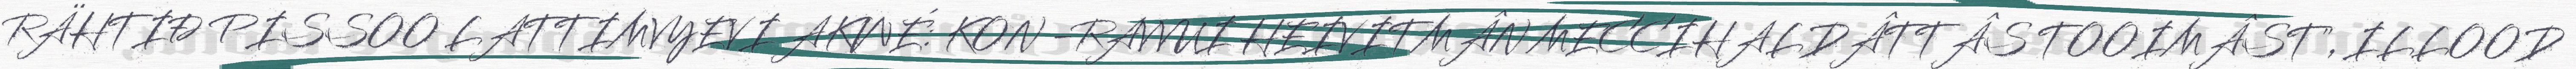
RÄHTIĐ PISSOO LATTIMVYEVI AKWÉ: KON -RAVVUI HEIVITMÂN MECCIHALDÂTTÂS TOOIMÂST", ILLOOD